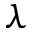
\lambda